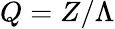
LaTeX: Q=Z/\Lambda